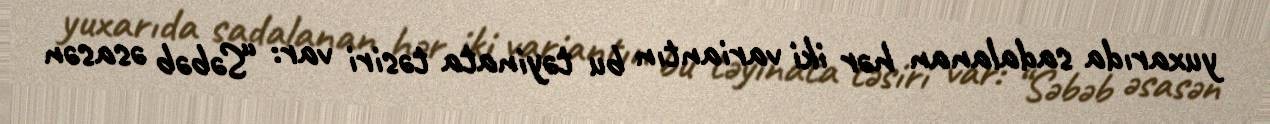
yuxarıda sadalanan hər iki variantın bu təyinata təsiri var: “Səbəb əsasən